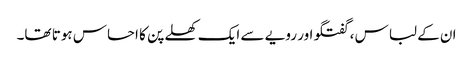
ان کے لباس ، گفتگو اور رویے سے ایک کھلے پن کا احساس ہوتا تھا۔